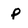
Character: p